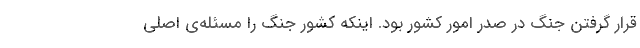
قرار گرفتن جنگ در صدر امور کشور بود. اینکه کشور جنگ را مسئله‌ی اصلی